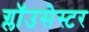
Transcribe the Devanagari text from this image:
ग्लॉउसेस्टर